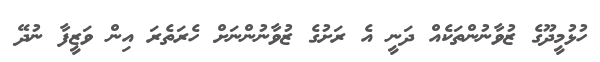
ހުޅުމީދޫގެ ޒުވާނުންތަކެއް ދަނީ އެ ރަށުގެ ޒުވާނުންނަށް ހެރަތެރަ އިން ވަޒީފާ ނުދޭ